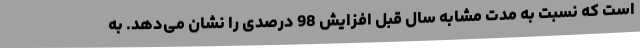
است که نسبت به مدت مشابه سال قبل افزایش 98 درصدی را نشان می‌دهد. به